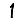
Digit: 1